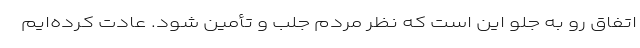
اتفاق رو به جلو این است که نظر مردم جلب و تأمین شود. عادت کرده‌ایم